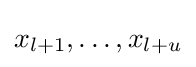
x_{l+1},\dots ,x_{l+u}